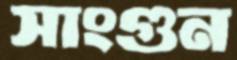
সাংগুন